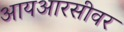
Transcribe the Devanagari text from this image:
आयआरसीवर